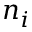
n _ { i }